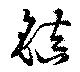
鎮